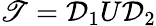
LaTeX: \mathscr{T}=\mathcal{{D}}_{1}U\mathcal{{D}}_{2}